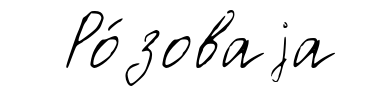
Ро́зоваjа